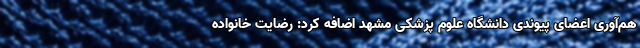
هم‌آوری اعضای پیوندی دانشگاه علوم پزشکی مشهد اضافه کرد: رضایت خانواده